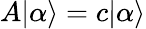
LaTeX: A|\alpha\rangle=c|\alpha\rangle